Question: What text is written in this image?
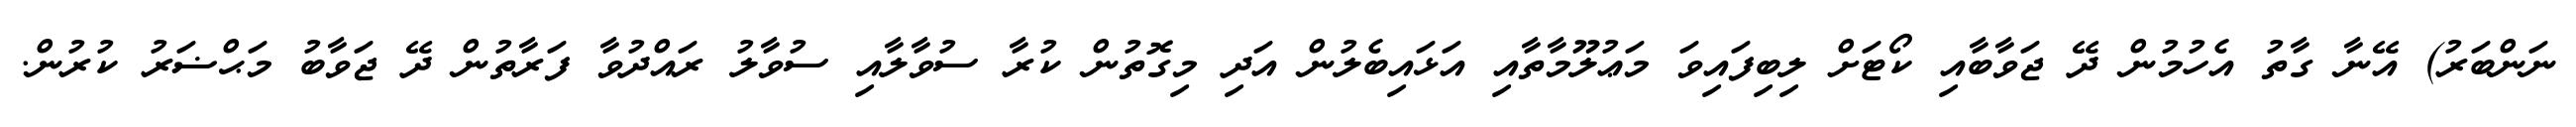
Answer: ނަންބަރު) އޭނާ ގާތު އެހުމުން ދޭ ޖަވާބާއި ކޯޓަށް ލިބިފައިވަ މަޢުލޫމާތާއި އަޅައިބެލުން އަދި މިގޮތުން ކުރާ ސުވާލާއި ސުވާލު ރައްދުވާ ފަރާތުން ދޭ ޖަވާބު މަޙްޟަރު ކުރުން.